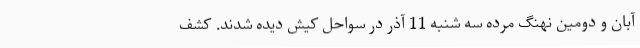
آبان و دومین نهنگ مرده سه شنبه 11 آذر در سواحل کیش دیده شدند. کشف